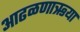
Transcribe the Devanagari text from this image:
आढळणाऋया